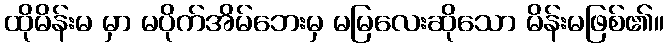
ထိုမိန်းမ မှာ မပိုက်အိမ်ဘေးမှ မမြလေးဆိုသော မိန်းမဖြစ်၏။